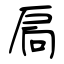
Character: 扄